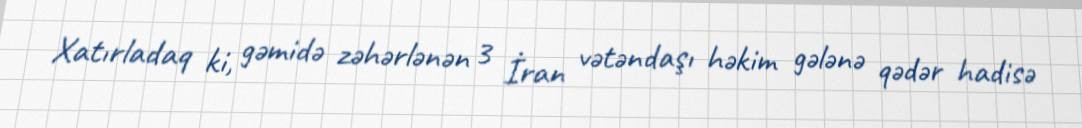
Xatırladaq ki, gəmidə zəhərlənən 3 İran vətəndaşı həkim gələnə qədər hadisə